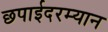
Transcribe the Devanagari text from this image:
छपाईदरम्यान